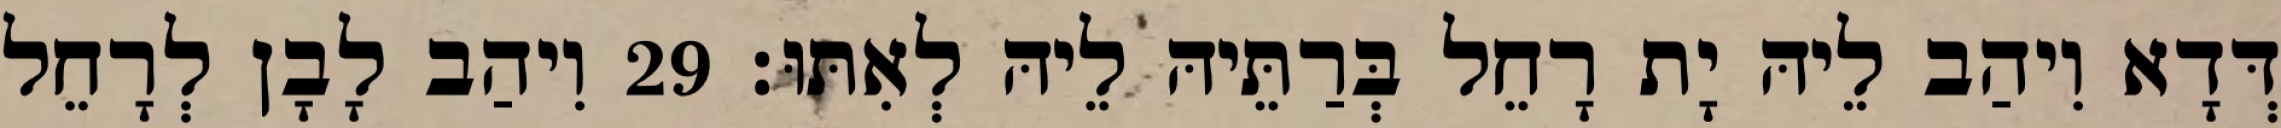
דְּדָא וִיהַב לֵיהּ יָת רָחֵל בְּרַתֵּיהּ לֵיהּ לְאִתּוּ׃ 29 וִיהַב לָבָן לְרָחֵל